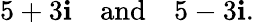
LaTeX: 5+3\mathbf{i}\quad{\mathrm{{and}}}\quad5-3\mathbf{i}.